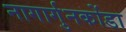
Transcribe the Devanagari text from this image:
नागार्गुनकोंडा